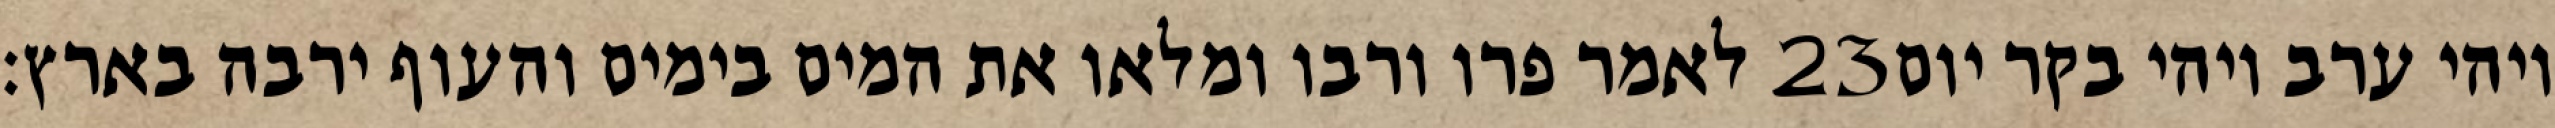
לאמר פרו ורבו ומלאו את המים בימים והעוף ירבה בארץ׃ ‎23‏ ויהי ערב ויהי בקר יום